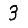
Digit: 3